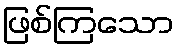
ဖြစ်ကြသော